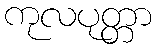
ကုလပုတ္တာ